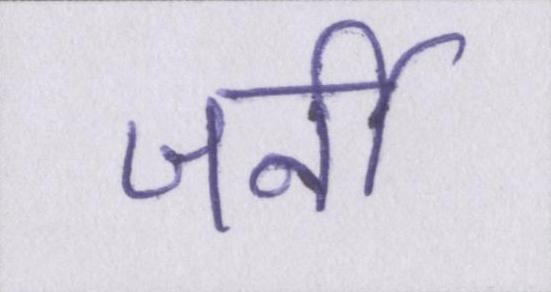
जर्नी